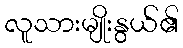
လူသားမျိုးနွယ်၏